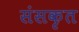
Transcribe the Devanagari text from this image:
संसकृत